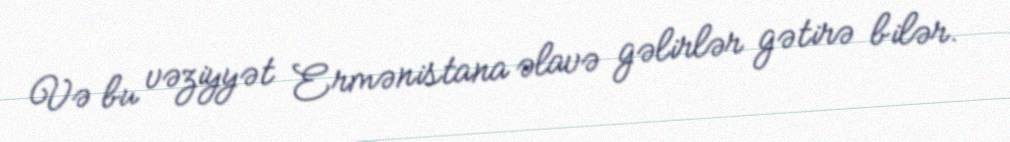
Və bu vəziyyət Ermənistana əlavə gəlirlər gətirə bilər.